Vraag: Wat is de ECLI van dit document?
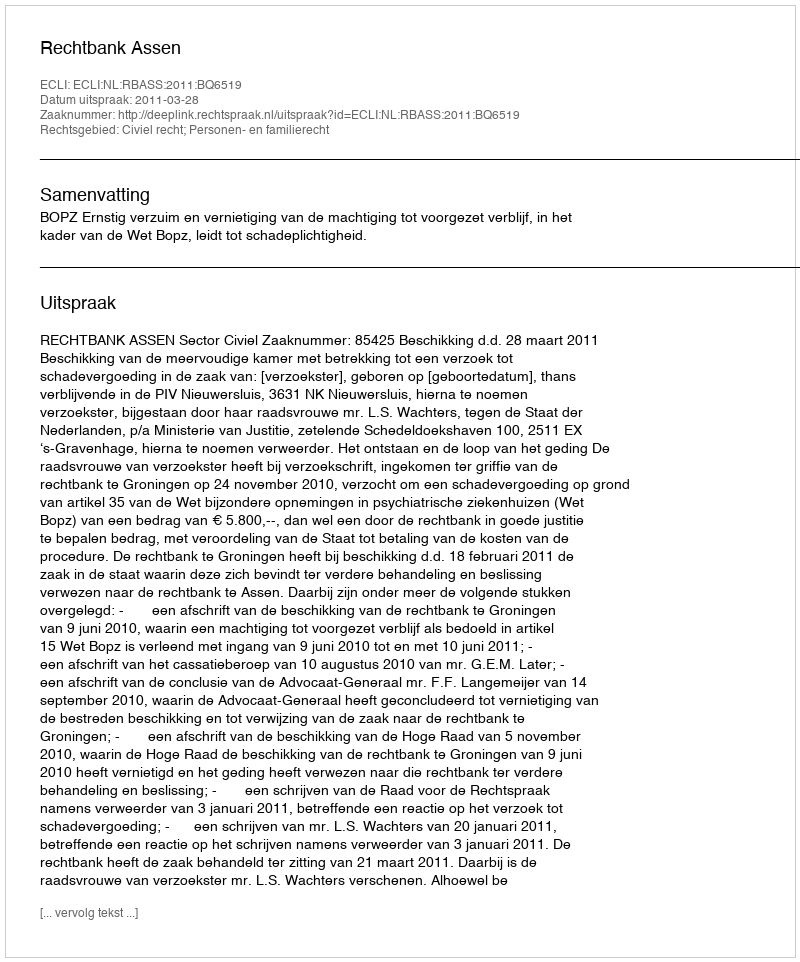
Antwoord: ECLI:NL:RBASS:2011:BQ6519